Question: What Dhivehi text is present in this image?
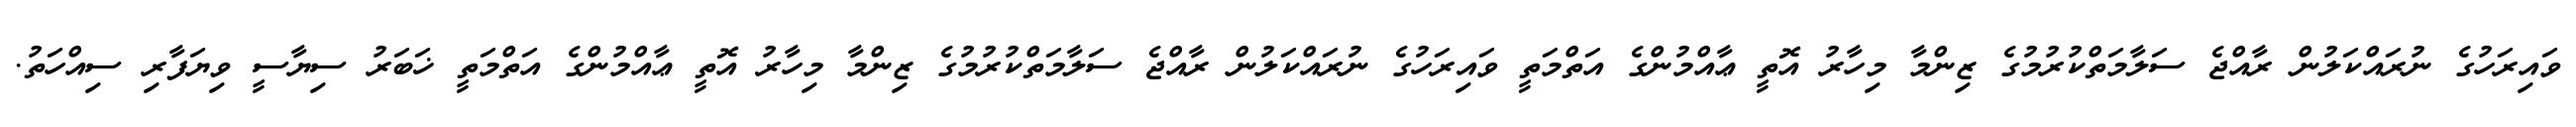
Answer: ވައިރަހުގެ ނުރައްކަލުން ރާއްޖެ ސަލާމަތްކުރުމުގެ ޒިންމާ މިހާރު އޮތީ ޢާއްމުންގެ އަތްމަތީ ވައިރަހުގެ ނުރައްކަލުން ރާއްޖެ ސަލާމަތްކުރުމުގެ ޒިންމާ މިހާރު އޮތީ ޢާއްމުންގެ އަތްމަތީ ޚަބަރު ސިޔާސީ ވިޔަފާރި ސިއްހަތު.